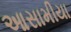
આસામીયા